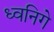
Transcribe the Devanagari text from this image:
ध्वनिगे